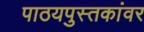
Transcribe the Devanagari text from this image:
पाठयपुस्तकांवर